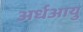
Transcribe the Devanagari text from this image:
अर्धआयु